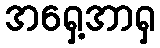
အရှေ့အာရှ